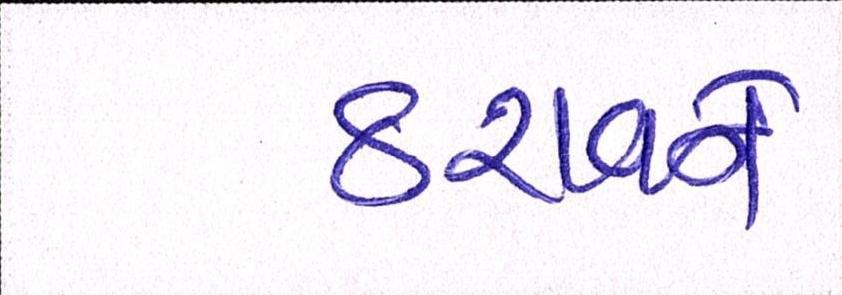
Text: ઠરાવને